Vaccination in Bombay 1902-1912 - 1902-1912
Year: 1902
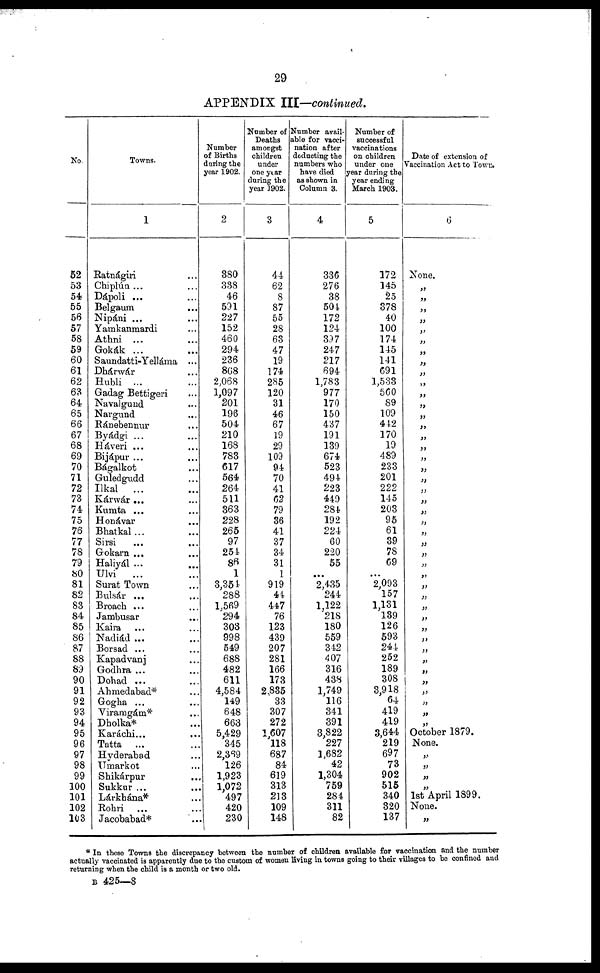
29
APPENDIX III—continued.
No.
52
53
54
55
56
57
58
59
60
61
62
63
64
65
66
67
68
69
70
71
72
73
74
75
76
77
78
79
80
81
82
83
84
85
86
87
88
83
90
91
92
93
94
95
96
97
98
99
100
101
102
103
Towns.
1
Ratnágiri ...
Chiplún ...
Dápoli ...
Belgaum ...
Nipáni ...
Yamkanmardi ...
Athni ...
Gokák ...
Saundatti-Yelláma ...
Dhárwár ...
Hubli ...
Gadag Bettigeri ...
Navalgund ...
Nargund ...
Ránebennur ...
Byádgi ... ...
Háveri ... ...
Bijápur ... ...
Bágalkot ...
Guledgudd ...
Ilkal
... ...
Kárwár ... ...
Kumta ... ...
Honávar ...
Bhatkal... ...
Sirsi ... ...
Gokarn ... ...
Haliyál ... ...
Ulvi
... ...
Surat Town ...
Bulsár ... ...
Broach ... ...
Jambusar ...
Kaira ... ...
Nadiád ... ...
Borsad ... ...
Kapadvanj ...
Godhra ... ...
Dohad ... ...
Ahmedabad* ...
Gogha ... ...
Viramgám* ...
Dholka* ...
Karáchi... ...
Tatta ... ...
Hyderabad ...
Umarkot ...
Shikárpur ...
Sukkur ... ...
Lárkhána* ...
Rohri ... ...
Jacobabad* ...
Number
of Births
during the
year 1902.
2
380
338
46
591
227
152
460
294
236
868
2,068
1,097
201
196
504
210
168
783
617
564
264
511
363
228
265
97
254
86
1
3,354
288
1,569
294
303
998
549
688
482
611
4,584
149
648
663
5,429
345
2,369
126
1,923
1,072
497
420
230
Number of
Deaths
amongst
children
under
one year
during the
year 3902.
3
44
62
8
87
55
28
63
47
19
174
285
120
31
46
67
19
29
109
94
70
41
62
79
36
41
37
34
31
1
919
44
447
76
123
439
207
281
166
173
2,835
33
307
272
1,607
118
687
84
619
313
213
109
148
Number avail-
able for vacci-
nation after
deducting the
numbers who
have died
as shown in
Column 3.
4
336
276
38
504
172
124
397
247
217
694
1,783
977
170
150
437
191
139
674
523
494
223
449
284
192
224
60
220
55
...
2,435
244
1.122
218
180
559
342
407
316
438
1,749
116
341
391
3,822
227
1,682
42
1,304
759
284
311
82
Number of
successful
vaccinations
on children
under one
year during the
year ending
March 1903.
5
172
145
25
378
40
100
174
145
141
691
1,533
560
89
109
442
170
19
489
233
201
222
145
203
95
61
39
78
69
...
2,093
157
1,131
139
126
593
244
252
189
308
3,918
64
419
419
3,644
219
697
73
902
515
340
320
137
Date of extension of
Vaccination Act to Town.
6
None.
„
„
„
„
„
„
„
„
„
„
„
„
„
„
„
„
„
„
„
„
„
„
„
„
„
„
„
„
„
„
„
„
„
„
„
„
„
„
„
„
„
„
October 1879.
None.
„
„
„
„
1st April 1899.
None.
„
* In these Towns the discrepancy between the number of children available for vaccination and the number
actually vaccinated is apparently due to the custom of women living in towns going to their villages to be confined and
returning when the child is a month or two old.
B 425—8